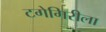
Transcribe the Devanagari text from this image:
टगेगिरीला